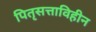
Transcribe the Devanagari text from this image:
पितृसत्ताविहीन